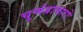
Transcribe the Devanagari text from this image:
चूर्णप्रावारो